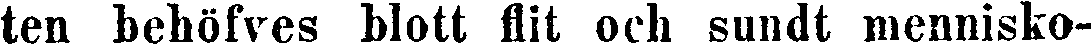
ten behöfves blott flit och sundt mennisko-